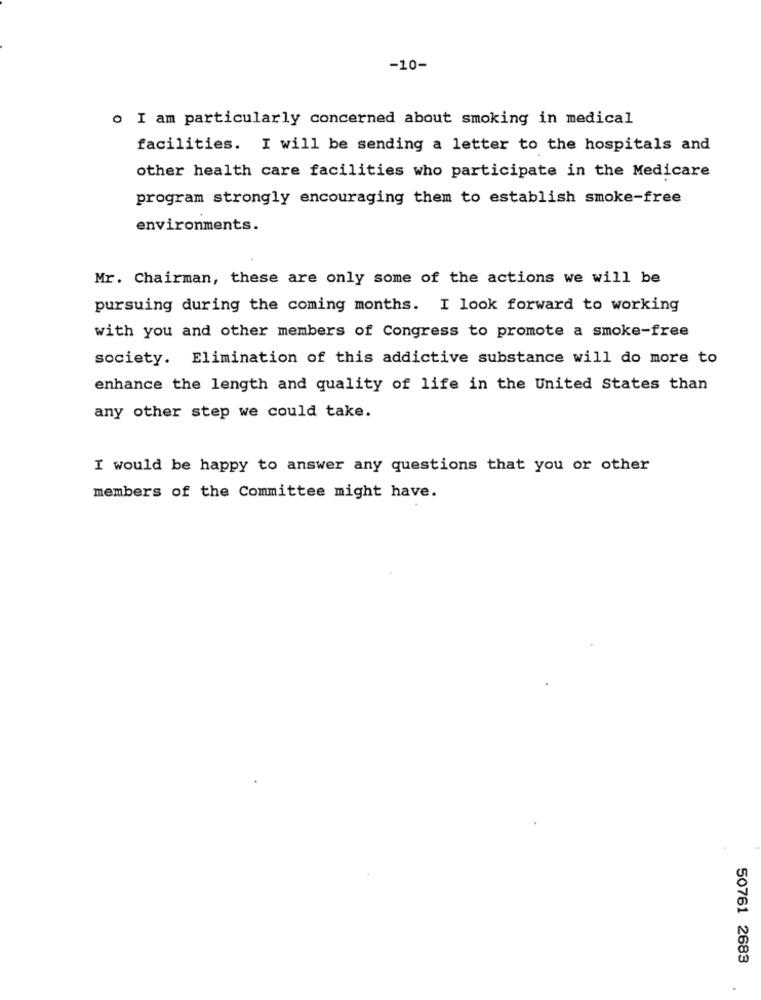
-10-
o I am particularly concerned about smoking in medical
facilities. I will be sending a letter to the hospitals and
other health care facilities who participate in the Medicare
program strongly encouraging them to establish smoke-free
environments.
Mr. Chairman, these are only some of the actions we will be
pursuing during the coming months. I look forward to working
with you and other members of Congress to promote a smoke-free
society. Elimination of this addictive substance will do more to
enhance the length and quality of life in the United States than
any other step we could take.
I would be happy to answer any questions that you or other
members of the Committee might have.
50761 2683